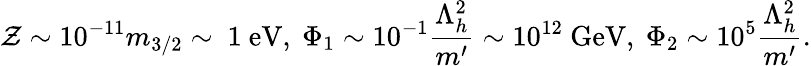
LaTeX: \mathcal{Z}\sim10^{-11}m_{3/2}\sim\ 1\ \mathrm{{eV}},\ \Phi_{1}\sim10^{-1}\frac{{\Lambda_{h}^{2}}}{{m^{\prime}}}\sim10^{12}\ \mathrm{{GeV}},\ \Phi_{2}\sim10^{5}\frac{{\Lambda_{h}^{2}}}{{m^{\prime}}}.